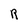
Character: R